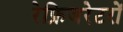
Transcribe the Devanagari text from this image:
रेफ्रिजरेटरों